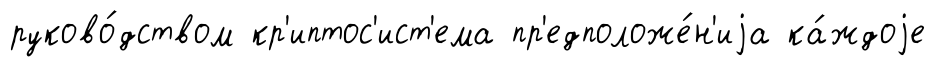
руково́дством кр'иптос'ист'ема пр'едположе́н'иjа ка́ждоjе